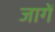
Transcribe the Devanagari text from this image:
जागें